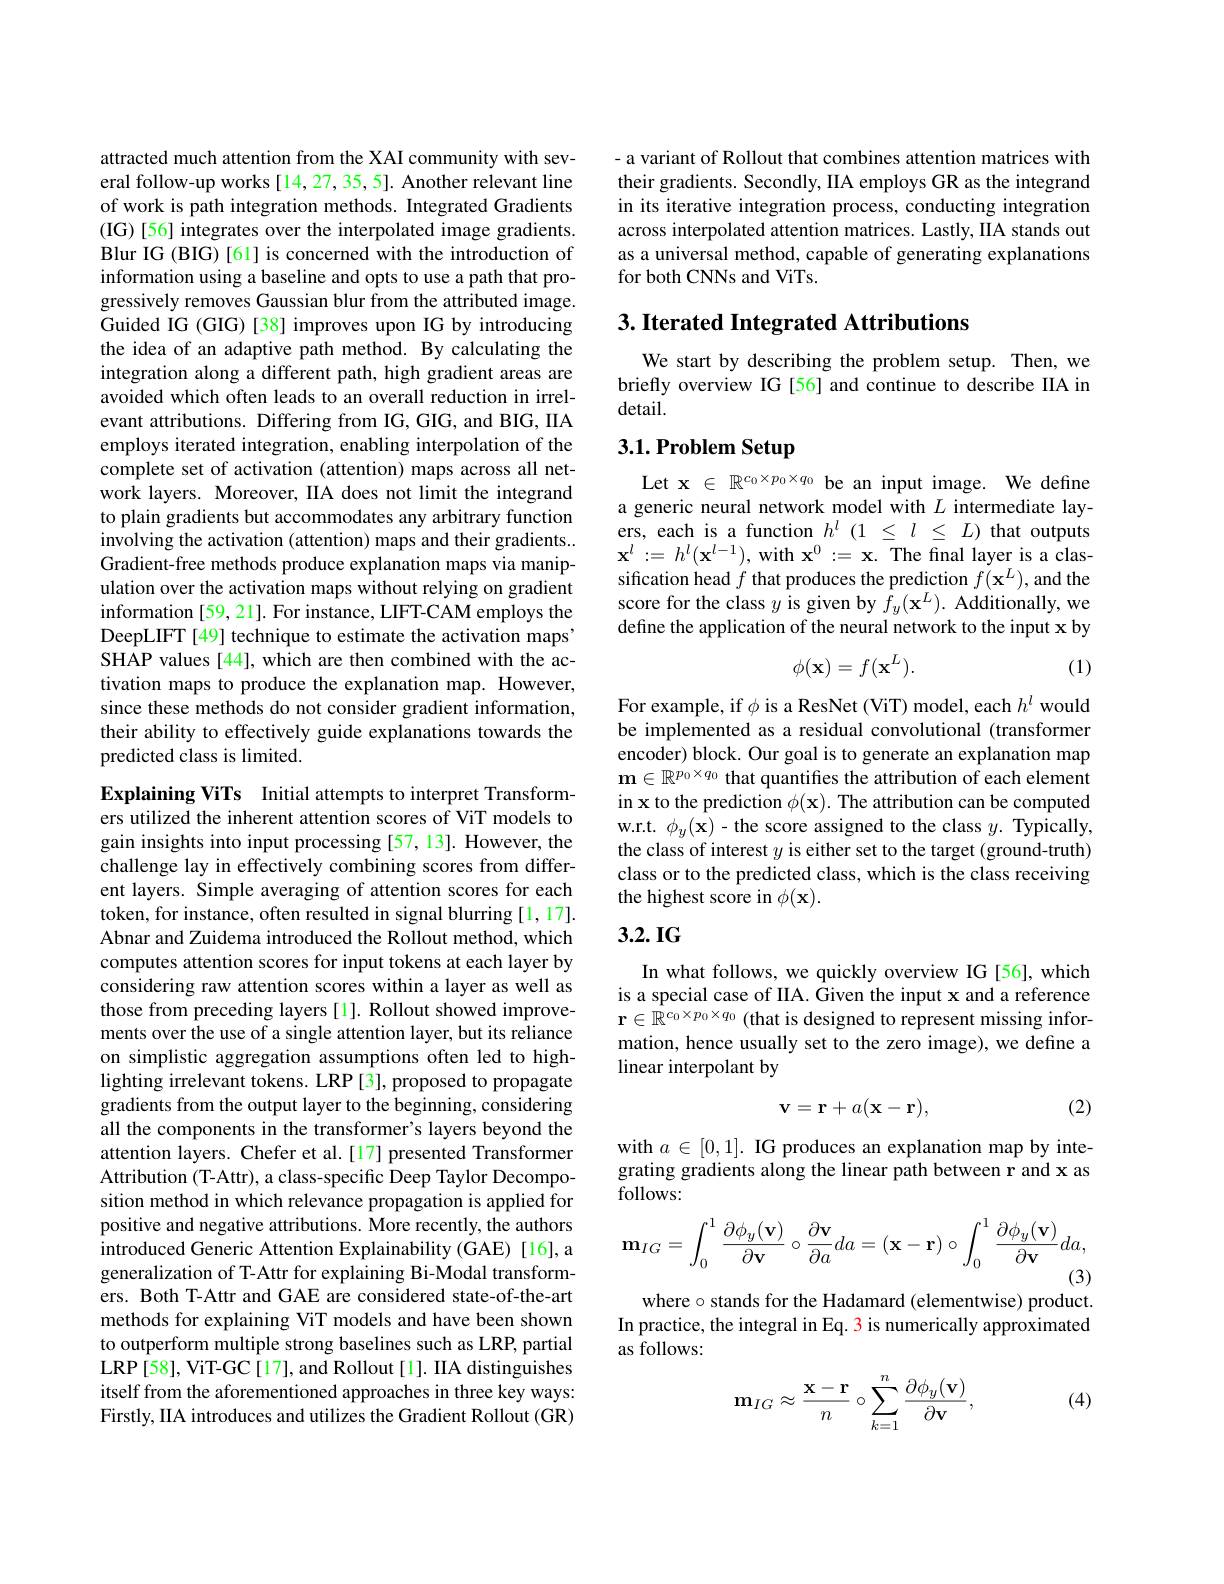
attracted much attention from the XAI community with several follow-up works [14,27,35,5]. Another relevant line of work is path integration methods. Integrated Gradients (IG)[56] integrates over the interpolated image gradients. Blur IG (BIG) [61] is concerned with the introduction of information using a baseline and opts to use a path that progressively removes Gaussian blur from the attributed image. Guided IG (GIG) [38] improves upon IG by introducing the idea of an adaptive path method. By calculating the integration along a different path, high gradient areas are avoided which often leads to an overall reduction in irrelevant attributions. Differing from IG, GIG, and BIG, IIA employs iterated integration, enabling interpolation of the complete set of activation (attention) maps across all network layers. Moreover, IIA does not limit the integrand to plain gradients but accommodates any arbitrary function involving the activation (attention) maps and their gradients. Gradient-free methods produce explanation maps via manipulation over the activation maps without relying on gradient information [59, 21]. For instance, LIFT-CAM employs the DeepLIFT [49] technique to estimate the activation maps" SHAP values[44], which are then combined with the activation maps to produce the explanation map. However, since these methods do not consider gradient information, their ability to effectively guide explanations towards the predicted class is limited.
Explaining ViTs Initial attempts to interpret Transform-

ers utilized the inherent attention scores of ViT models to gain insights into input processing [57,13]. However, the challenge lay in effectively combining scores from different layers. Simple averaging of attention scores for each token, for instance, often resulted in signal blurring [1,17]. Abnar and Zuidema introduced the Rollout method, which computes attention scores for input tokens at each layer by considering raw attention scores within a layer as well as those from preceding layers [1]. Rollout showed improvements over the use of a single attention layer, but its reliance on simplistic aggregation assumptions often led to highlighting irrelevant tokens. LRP [3], proposed to propagate gradients from the output layer to the beginning, considering all the components in the transformer's layers beyond the attention layers. Chefer et al.[17] presented Transformer Attribution (T-Attr), a class-specific Deep Taylor Decomposition method in which relevance propagation is applied for positive and negative attributions. More recently, the authors introduced Generic Attention Explainability (GAE) [16], a generalization of T-Attr for explaining Bi-Modal transformers. Both T-Attr and GAE are considered state-of-the-art methods for explaining ViT models and have been shown to outperform multiple strong baselines such as LRP, partial LRP[58], ViT-GC[17], and Rollout[1]. IIA distinguishes itself from the aforementioned approaches in three key ways: Firstly, IIA introduces and utilizes the Gradient Rollout (GR)

- a variant of Rollout that combines attention matrices with their gradients. Secondly, IIA employs GR as the integrand in its iterative integration process, conducting integration across interpolated attention matrices. Lastly, IIA stands out as a universal method, capable of generating explanations for both CNNs and ViTs.

## 3. Iterated Integrated Attributions

We start by describing the problem setup. Then, we briefly overview IG [56] and continue to describe IIA in detail.

## 3.1. Problem Setup

Let x $\in\mathbb{R}^{c_0\times p_0\times q_0}$ be an input image. We define a generic neural network model with $L$ intermediate layers, each is a function $h^l(1\leq l\leq L)$ that outputs $\mathbf{x}^{l}:=h^{l}(\mathbf{x}^{l-1})$,with $\mathbf{x}^0:=\mathbf{x}.$The final layer is a classification head $f$ that produces the prediction $f(\mathbf{x}^{L})$, and the score for the class $y$ is given by $\hat{f}_y(\mathbf{x}^L).$ Additionally, we define the application of the neural network to the input x by
$$\phi(\mathbf{x})=f(\mathbf{x}^{L}).$$
(1)

For example, if $\phi$ is a ResNet (ViT) model, each $h^l$ would be implemented as a residual convolutional (transformer encoder) block. Our goal is to generate an explanation map $\mathbf{m}\in\mathbb{R}^{p_0\times q_0}$ that quantifies the attribution of each element in x to the prediction $\phi(\mathbf{x}).$ The attribution can be computed w.r.t. $\phi_y(\mathbf{x})-$ the score assigned to the class $y.$ Typically, the class of interest $y$ is either set to the target (ground-truth) class or to the predicted class, which is the class receiving the highest score in $\phi(\mathbf{x}).$

## $3.2.IG$

In what follows, we quickly overview IG[56], which is a special case of IIA. Given the input x and a reference $\mathbf{r}\in\hat{\mathbb{R}}^{c_0\times p_0\times q_0}$ (that is designed to represent missing information, hence usually set to the zero image), we define a linear interpolant by

(2)
$$\mathbf v=\mathbf r+a(\mathbf x-\mathbf r),$$
with $a\in[0,1].$ IG produces an explanation map by integrating gradients along the linear path between r and x as follows:
$$\mathbf{m}_{IG}=\int_{0}^{1}\frac{\partial\phi_{y}(\mathbf{v})}{\partial\mathbf{v}}\circ\frac{\partial\mathbf{v}}{\partial a}da=(\mathbf{x}-\mathbf{r})\circ\int_{0}^{1}\frac{\partial\phi_{y}(\mathbf{v})}{\partial\mathbf{v}}da,$$
where $\circ$ stands for the Hadamard (elementwise) product. In practice, the integral in Eq. 3 is numerically approximated as follows:

(4)
$$\mathrm{m}_{IG}\approx\frac{\mathrm{x}-\mathrm{r}}{n}\circ\sum_{k=1}^{n}\frac{\partial\phi_{y}(\mathbf{v})}{\partial\mathbf{v}},$$